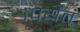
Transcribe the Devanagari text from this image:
१पर्यंत